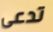
تدعى